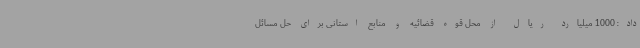
داد: 1000 میلیارد ریال از محل قوه قضائیه و منابع استانی برای حل مسائل